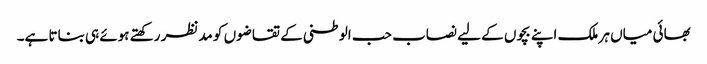
بھائی میاں ہر ملک اپنے بچوں کے لیے نصاب حب الوطنی کے تقاضوں کو مدنظر رکھتے ہوئے ہی بناتا ہے۔